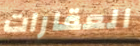
العقارات